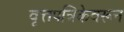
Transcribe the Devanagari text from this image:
वृत्तपत्रिकेवरून